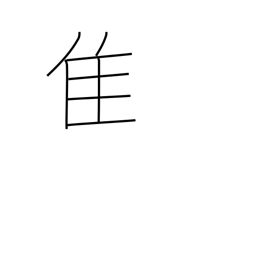
Meaning: old bird radical (no. 172)